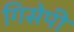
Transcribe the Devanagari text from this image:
गिसेपी